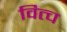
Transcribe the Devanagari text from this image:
वित्च